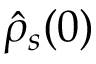
\hat { \rho } _ { s } ( 0 )